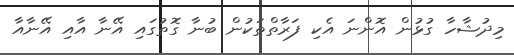
މިދުޝާހާ ގުޅުން އޮންނަ އެކި ފަރާތްތަކުން ބުނާ ގޮތުގައި އޭނާ އާއި އޭނާއާ